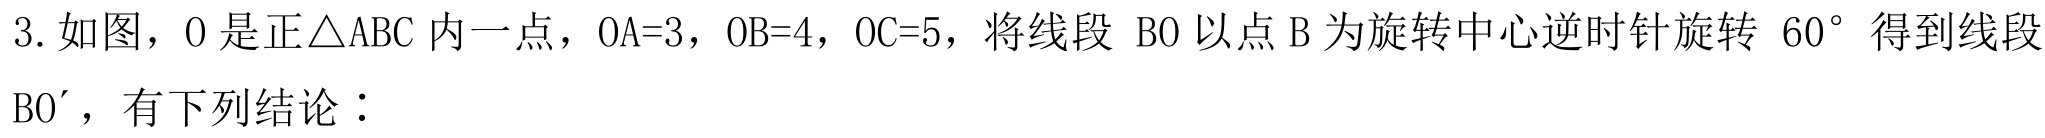
3. 如图，\(O\) 是正\(\triangle ABC\) 内一点，\(OA = 3\)，\(OB = 4\)，\(OC = 5\)，将线段 \(BO\) 以点 \(B\) 为旋转中心逆时针旋转 \(60^{\circ}\) 得到线段 \(BO'\)，有下列结论：